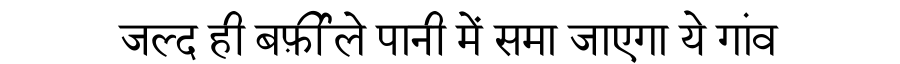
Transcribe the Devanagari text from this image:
जल्द ही बर्फ़ीले पानी में समा जाएगा ये गांव